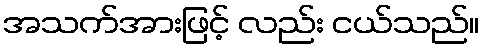
အသက်အားဖြင့် လည်း ငယ်သည်။